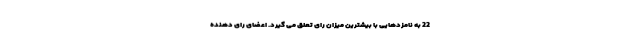
22 به نامزدهایی با بیشترین میزان رای تعلق می گیرد. اعضای رای دهنده